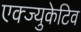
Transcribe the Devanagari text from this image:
एक्ज्युकेटिव